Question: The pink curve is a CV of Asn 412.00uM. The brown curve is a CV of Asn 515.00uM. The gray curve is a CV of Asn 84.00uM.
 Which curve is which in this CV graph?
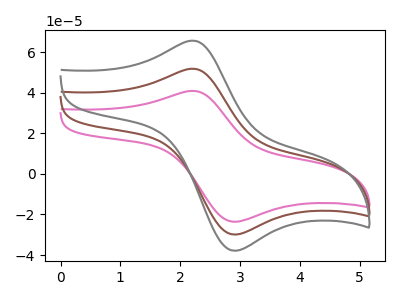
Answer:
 <answer>The pink curve is labeled "Asn 412.00uM". The brown curve is labeled "Asn 515.00uM". The gray curve is labeled "Asn 84.00uM".</answer>
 <eval></eval>